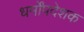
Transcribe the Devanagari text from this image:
धर्मोंपदेशक